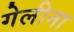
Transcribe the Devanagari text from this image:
गेलीना